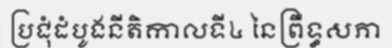
ប្រជុំដំបូងនីតិកាលទី៤ នៃព្រឹទ្ធសភា